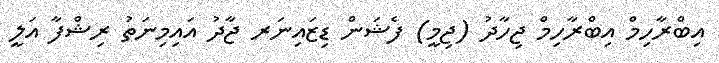
އިބްރާހިމް އިބްރާހިމް ޖިހާދު (ޖިމީ) ފެޝަން ޑިޒައިނަރ ޖާދު އައިމިނަތު ރިޝްފާ އަލީ